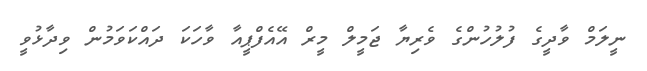
ނީލަމް ވާދީގެ ފުލުހުންގެ ވެރިޔާ ޖަމީލް މީރް އޭއެފްޕީއާ ވާހަކަ ދައްކަވަމުން ވިދާޅުވީ